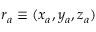
\boldsymbol { r } _ { a } \equiv ( x _ { a } , y _ { a } , z _ { a } )